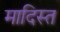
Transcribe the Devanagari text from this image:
मादिस्त